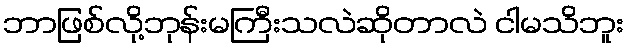
ဘာဖြစ်လို့ဘုန်းမကြီးသလဲဆိုတာလဲ ငါမသိဘူး